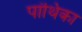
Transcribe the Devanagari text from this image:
पांथिका